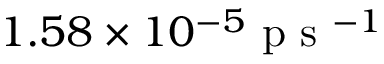
1 . 5 8 \times 1 0 ^ { - 5 } \mathrm { ~ p ~ s ~ } ^ { - 1 }